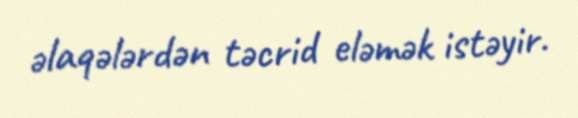
əlaqələrdən təcrid eləmək istəyir.